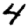
Digit: 4